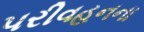
પરીવહનના